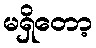
မရှိတော့